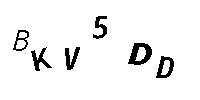
BKV5DD